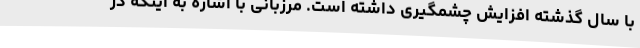
با سال گذشته افزایش چشمگیری داشته است. مرزبانی با اشاره به اینکه در